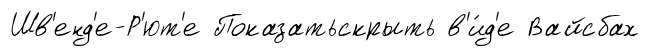
Шв'енд'е-Р'ют'е Показатьскрыть в'и́д'е Вайсбах